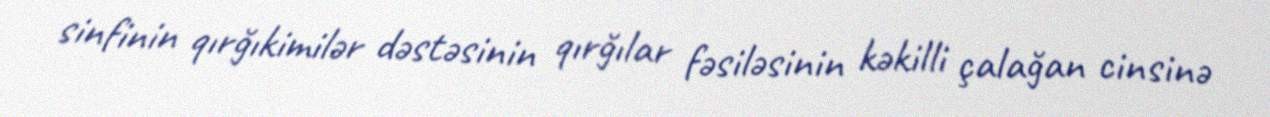
sinfinin qırğıkimilər dəstəsinin qırğılar fəsiləsinin kəkilli çalağan cinsinə